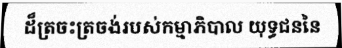
ដ៏ត្រចះត្រចង់របស់កម្មាភិបាល យុទ្ធជននៃ